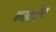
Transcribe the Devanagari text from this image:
कारवाईतील